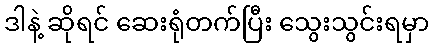
ဒါနဲ့ ဆိုရင် ဆေးရုံတက်ပြီး သွေးသွင်းရမှာ